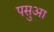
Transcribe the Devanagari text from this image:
पसुआ